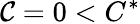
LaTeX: \mathcal{C}=0<C^{\ast}